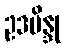
ဥဒဗိန္ဒု